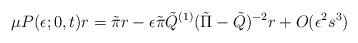
LaTeX: \begin{align*}\mu P(\epsilon;0,t) r= \tilde{\pi} r - \epsilon\tilde{\pi}\tilde{Q}^{(1)}(\tilde{\Pi} - \tilde{Q})^{-2}r + O(\epsilon^2 s^3) \end{align*}